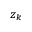
z _ { k }